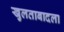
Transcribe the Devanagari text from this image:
खुलताबादला